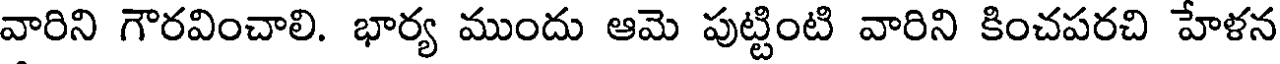
వారిని గౌరవించాలి. భార్య ముందు ఆమె పుట్టింటి వారిని కించపరచి హేళన